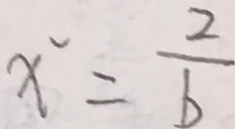
x ^ { 2 } = \frac { 2 } { b }